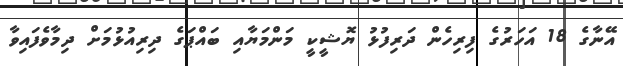
އޭނާގެ 18 އަހަރުގެ ފިރިހެން ދަރިފުޅު ޔޮޝީކީ މަންމަޔާއި ބައްޕަގެ ދިރިއުޅުމަށް ދިމާވެފައިވާ